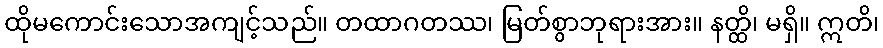
ထိုမကောင်းသောအကျင့်သည်။ တထာဂတဿ၊ မြတ်စွာဘုရားအား။ နတ္ထိ၊ မရှိ။ ဣတိ၊